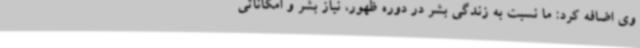
وی اضافه کرد: ما نسبت به زندگی بشر در دوره ظهور، نیاز بشر و امکاناتی